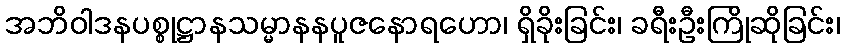
အဘိဝါဒနပစ္စုဋ္ဌာနသမ္မာနနပူဇနောရဟော၊ ရှိခိုးခြင်း၊ ခရီးဦးကြိုဆိုခြင်း၊